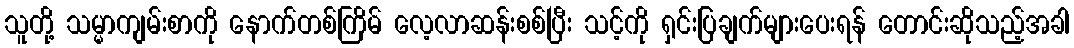
သူတို့ သမ္မာကျမ်းစာကို နောက်တစ်ကြိမ် လေ့လာဆန်းစစ်ပြီး သင့်ကို ရှင်းပြချက်များပေးရန် တောင်းဆိုသည့်အခါ